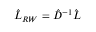
\hat { L } _ { R W } = \hat { D } ^ { - 1 } \hat { L }